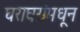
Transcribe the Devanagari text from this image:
घराघरांमधून